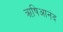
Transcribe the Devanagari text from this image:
ऋषिआनंद